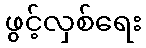
ဖွင့်လှစ်ရေး